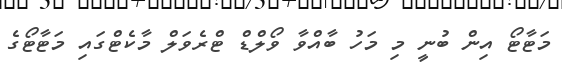
މަޓާޓޯ އިން ބުނީ މި މަހު ބާއްވާ ވޯލްޑް ޓްރެވަލް މާކެޓްގައި މަޓާޓޯގެ